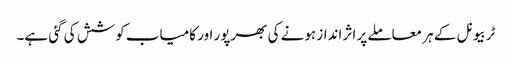
ٹربیونل کے ہر معاملے پر اثر انداز ہونے کی بھرپور اور کامیاب کوشش کی گئی ہے۔